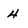
Character: 4